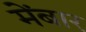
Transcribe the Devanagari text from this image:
मेंबार